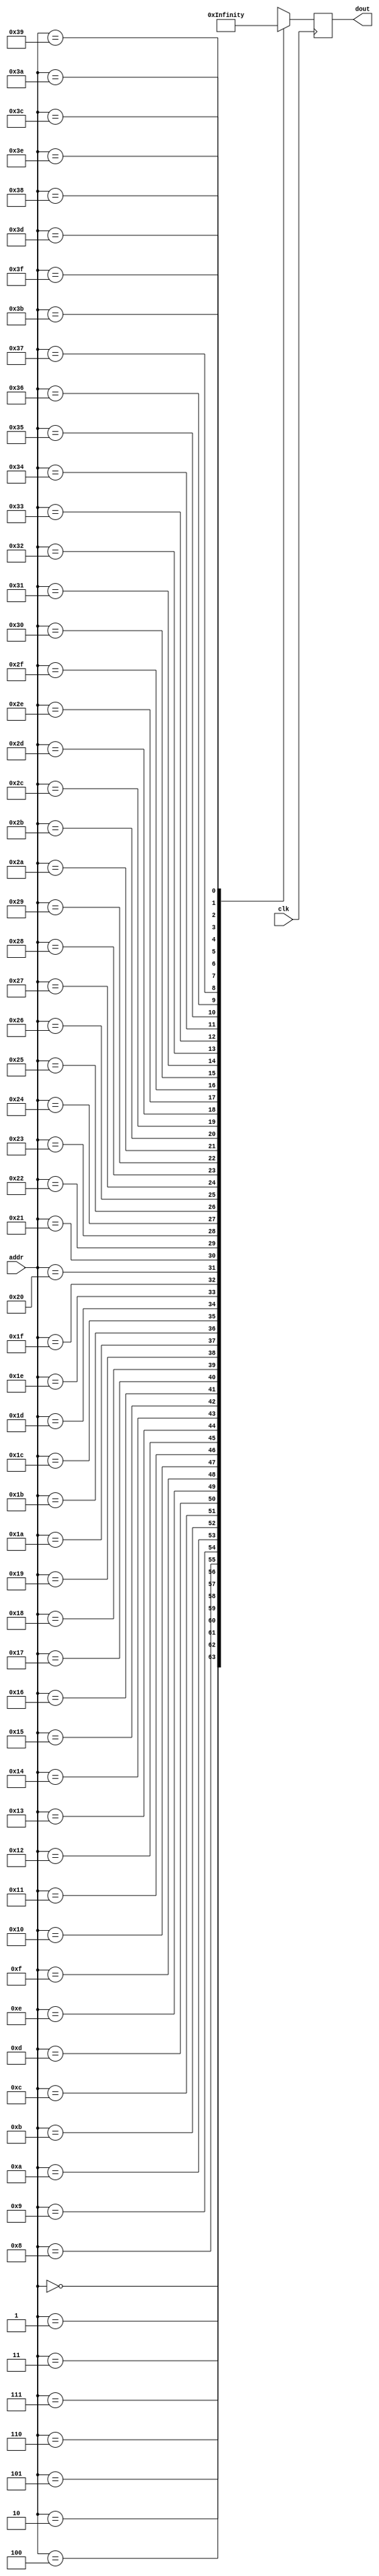
module frequency_rom (		
	clk	,
	dout	,
	addr	
	);	
		
	input clk;	
	output [19:0] dout;	
	input [5:0] addr;	
		
	wire [19:0] memory [63:0];	
	reg [19:0] dout;	
		
	always @(posedge clk)	
		dout = memory[addr];
		
							
							
	assign memory[	0	] =	{10'd0, 10'd0}	;	// Note:	rest
	assign memory[	1	] =	{10'd9, 10'd395}	;	// Note:	1A
	assign memory[	2	] =	{10'd9, 10'd963}	;	// Note:	1A#Bb
	assign memory[	3	] =	{10'd10, 10'd573}	;	// Note:	1B
	assign memory[	4	] =	{10'd11, 10'd182}	;	// Note:	1C
	assign memory[	5	] =	{10'd11, 10'd838}	;	// Note:	1C#Db
	assign memory[	6	] =	{10'd12, 10'd557}	;	// Note:	1D
	assign memory[	7	] =	{10'd13, 10'd275}	;	// Note:	1D#Eb
	assign memory[	8	] =	{10'd14, 10'd81}	;	// Note:	1E
	assign memory[	9	] =	{10'd14, 10'd912}	;	// Note:	1F
	assign memory[	10	] =	{10'd15, 10'd805}	;	// Note:	1F#Gb
	assign memory[	11	] =	{10'd16, 10'd742}	;	// Note:	1G
	assign memory[	12	] =	{10'd17, 10'd723}	;	// Note:	1G#Ab
	assign memory[	13	] =	{10'd18, 10'd791}	;	// Note:	2A
	assign memory[	14	] =	{10'd19, 10'd903}	;	// Note:	2A#Bb
	assign memory[	15	] =	{10'd21, 10'd122}	;	// Note:	2B
	assign memory[	16	] =	{10'd22, 10'd365}	;	// Note:	2C
	assign memory[	17	] =	{10'd23, 10'd652}	;	// Note:	2C#Db
	assign memory[	18	] =	{10'd25, 10'd90}	;	// Note:	2D
	assign memory[	19	] =	{10'd26, 10'd551}	;	// Note:	2D#Eb
	assign memory[	20	] =	{10'd28, 10'd163}	;	// Note:	2E
	assign memory[	21	] =	{10'd29, 10'd800}	;	// Note:	2F
	assign memory[	22	] =	{10'd31, 10'd587}	;	// Note:	2F#Gb
	assign memory[	23	] =	{10'd33, 10'd461}	;	// Note:	2G
	assign memory[	24	] =	{10'd35, 10'd423}	;	// Note:	2G#Ab
	assign memory[	25	] =	{10'd37, 10'd559}	;	// Note:	3A
	assign memory[	26	] =	{10'd39, 10'd783}	;	// Note:	3A#Bb
	assign memory[	27	] =	{10'd42, 10'd245}	;	// Note:	3B
	assign memory[	28	] =	{10'd44, 10'd731}	;	// Note:	3C
	assign memory[	29	] =	{10'd47, 10'd281}	;	// Note:	3C#Db
	assign memory[	30	] =	{10'd50, 10'd180}	;	// Note:	3D
	assign memory[	31	] =	{10'd53, 10'd79}	;	// Note:	3D#Eb
	assign memory[	32	] =	{10'd56, 10'd327}	;	// Note:	3E
	assign memory[	33	] =	{10'd59, 10'd576}	;	// Note:	3F
	assign memory[	34	] =	{10'd63, 10'd150}	;	// Note:	3F#Gb
	assign memory[	35	] =	{10'd66, 10'd922}	;	// Note:	3G
	assign memory[	36	] =	{10'd70, 10'd846}	;	// Note:	3G#Ab
	assign memory[	37	] =	{10'd75, 10'd95}	;	// Note:	4A
	assign memory[	38	] =	{10'd79, 10'd543}	;	// Note:	4A#Bb
	assign memory[	39	] =	{10'd84, 10'd491}	;	// Note:	4B
	assign memory[	40	] =	{10'd89, 10'd439}	;	// Note:	4C
	assign memory[	41	] =	{10'd94, 10'd562}	;	// Note:	4C#Db
	assign memory[	42	] =	{10'd100, 10'd360}	;	// Note:	4D
	assign memory[	43	] =	{10'd106, 10'd158}	;	// Note:	4D#Eb
	assign memory[	44	] =	{10'd112, 10'd655}	;	// Note:	4E
	assign memory[	45	] =	{10'd119, 10'd128}	;	// Note:	4F
	assign memory[	46	] =	{10'd126, 10'd300}	;	// Note:	4F#Gb
	assign memory[	47	] =	{10'd133, 10'd821}	;	// Note:	4G
	assign memory[	48	] =	{10'd141, 10'd669}	;	// Note:	4G#Ab
	assign memory[	49	] =	{10'd150, 10'd191}	;	// Note:	5A
	assign memory[	50	] =	{10'd159, 10'd62}	;	// Note:	5A#Bb
	assign memory[	51	] =	{10'd168, 10'd983}	;	// Note:	5B
	assign memory[	52	] =	{10'd178, 10'd879}	;	// Note:	5C
	assign memory[	53	] =	{10'd189, 10'd101}	;	// Note:	5C#Db
	assign memory[	54	] =	{10'd200, 10'd720}	;	// Note:	5D
	assign memory[	55	] =	{10'd212, 10'd316}	;	// Note:	5D#Eb
	assign memory[	56	] =	{10'd225, 10'd286}	;	// Note:	5E
	assign memory[	57	] =	{10'd238, 10'd256}	;	// Note:	5F
	assign memory[	58	] =	{10'd252, 10'd600}	;	// Note:	5F#Gb
	assign memory[	59	] =	{10'd267, 10'd619}	;	// Note:	5G
	assign memory[	60	] =	{10'd283, 10'd314}	;	// Note:	5G#Ab
	assign memory[	61	] =	{10'd300, 10'd382}	;	// Note:	6A
	assign memory[	62	] =	{10'd318, 10'd125}	;	// Note:	6A#Bb
	assign memory[	63	] =	{10'd337, 10'd942}	;	// Note:	6B
endmodule